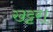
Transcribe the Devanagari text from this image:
खट्टर।